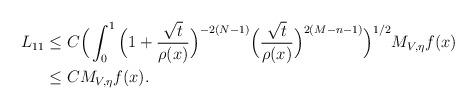
LaTeX: \begin{align*}L_{11}&\leq C\Big(\int_{0}^{1}\Big(1+\frac{\sqrt{t}}{\rho(x)}\Big)^{-2(N-1)}\Big(\frac{\sqrt{t}}{\rho(x)}\Big)^{2(M-n-1)}\Big)^{1/2}M_{V,\eta}f(x)\\&\leq CM_{V,\eta}f(x).\end{align*}